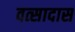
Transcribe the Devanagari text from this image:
वत्सादास